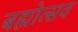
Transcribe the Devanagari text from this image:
बह्मोत्‍सव